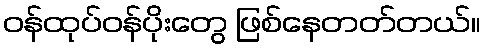
ဝန်ထုပ်ဝန်ပိုးတွေ ဖြစ်နေတတ်တယ်။